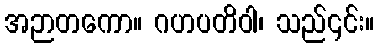
အဉာတကော။ ဂဟပတိဝါ၊ သည်၎င်း။